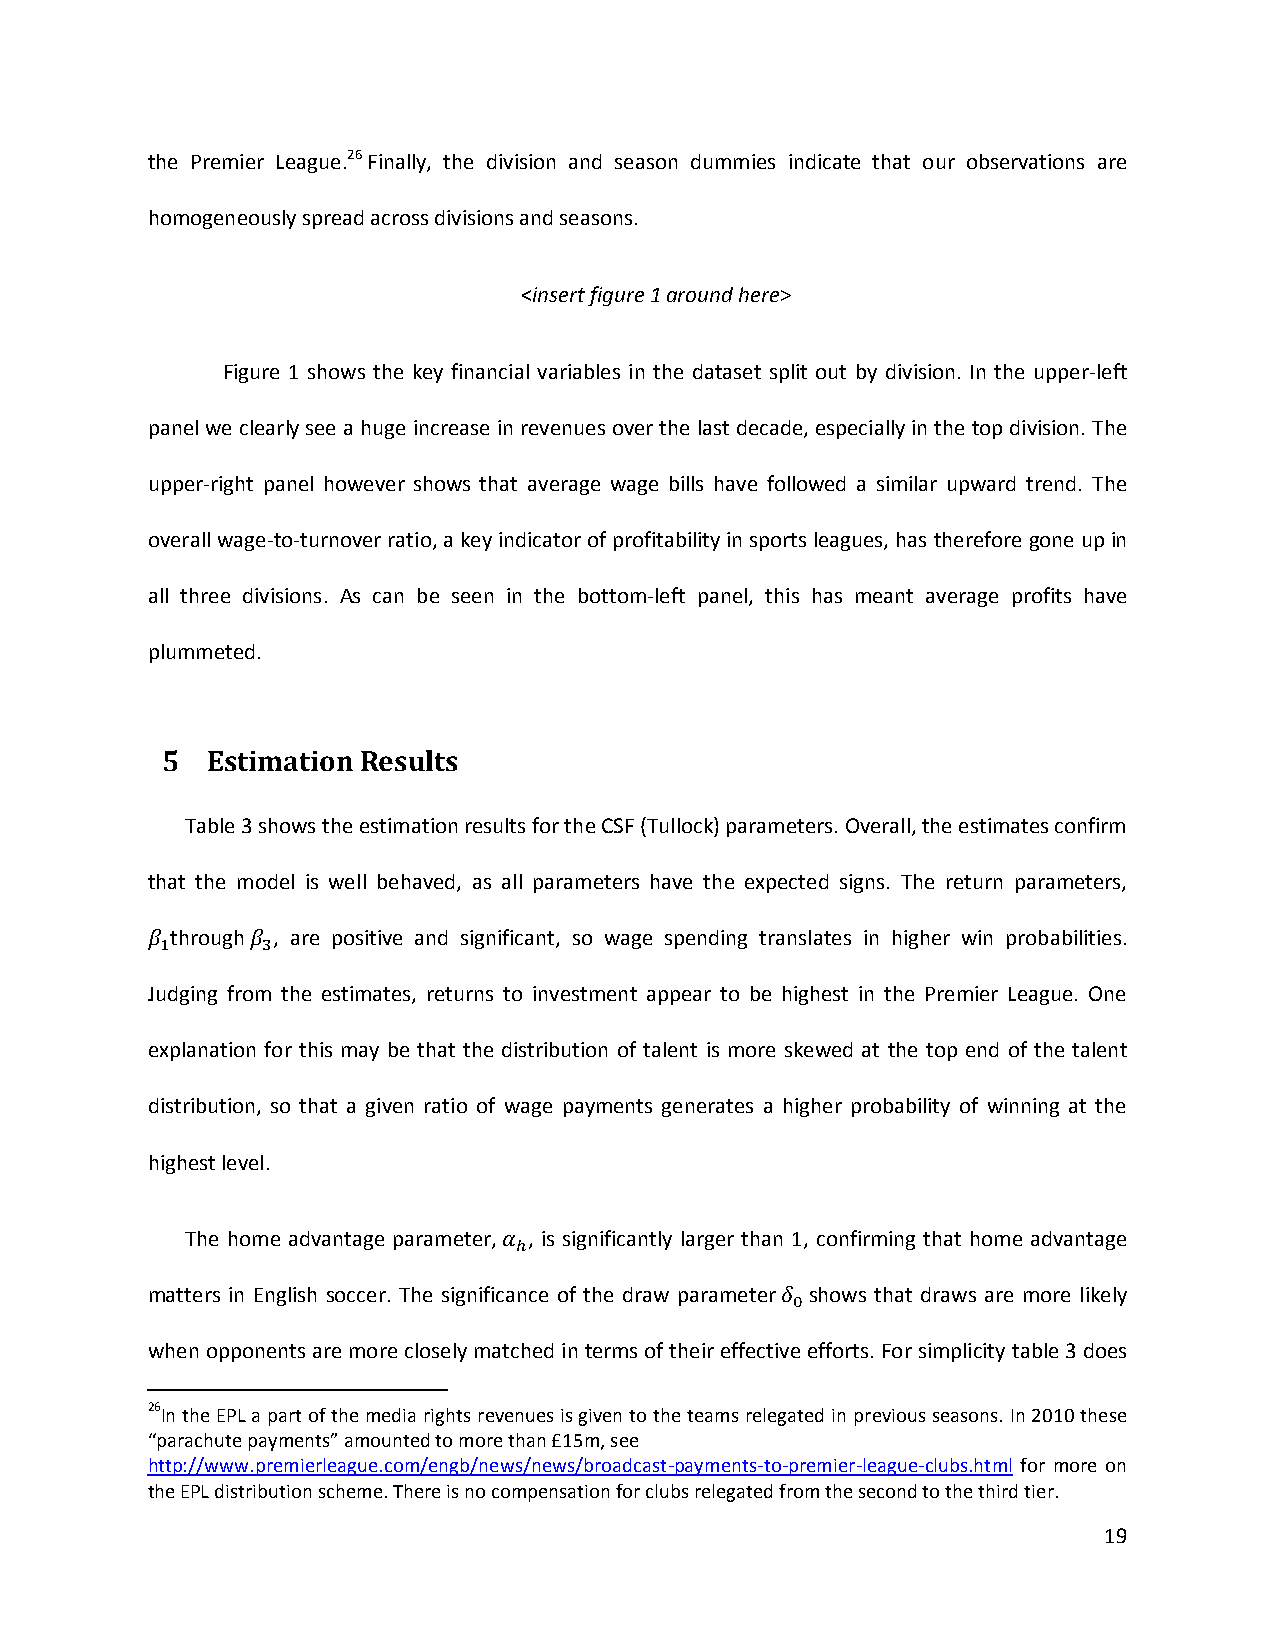
the Premier League.26 Finally, the division and season dummies indicate that our observations are
 homogeneously spread across divisions and seasons.
 <insert figure 1 around here>
 Figure 1 shows the key financial variables in the dataset split out by division. In the upper-left
 panel we clearly see a huge increase in revenues over the last decade, especially in the top division. The
 upper-right panel however shows that average wage bills have followed a similar upward trend. The
 overall wage-to-turnover ratio, a key indicator of profitability in sports leagues, has therefore gone up in
 all three divisions. As can be seen in the bottom-left panel, this has meant average profits have
 plummeted.
 5  Estimation Results
 Table 3 shows the estimation results for the CSF (Tullock) parameters. Overall, the estimates confirm
 that the model is well behaved, as all parameters have the expected signs. The return parameters,
 through , are positive and significant, so wage spending translates in higher win probabilities.
 Judging from the estimates, returns to investment appear to be highest in the Premier League. One
 explanation for this may be that the distribution of talent is more skewed at the top end of the talent
 distribution, so that a given ratio of wage payments generates a higher probability of winning at the
 highest level.
 The home advantage parameter, , is significantly larger than 1, confirming that home advantage
 matters in English soccer. The significance of the draw parameter shows that draws are more likely
 when opponents are more closely matched in terms of their effective efforts. For simplicity table 3 does
 26In the EPL a part of the media rights revenues is given to the teams relegated in previous seasons. In 2010 these
 “parachute payments” amounted to more than £15m, see
 http://www.premierleague.com/engb/news/news/broadcast-payments-to-premier-league-clubs.html for more on
 the EPL distribution scheme. There is no compensation for clubs relegated from the second to the third tier.
 19